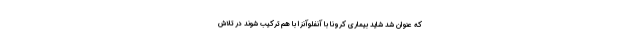
که عنوان شد شاید بیماری کرونا با آنفلوآنزا با هم ترکیب شوند در تلاش